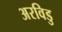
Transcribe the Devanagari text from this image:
अरविडु